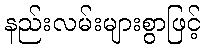
နည်းလမ်းများစွာဖြင့်